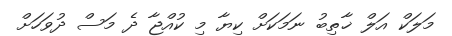
މަލަކް އަލް ޚާތިބު ނަމަކަށް ކިޔާ މި ކުއްޖާ ދެ މަސް ދުވަހަށް